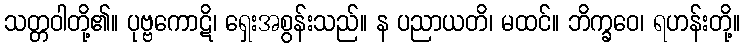
သတ္တဝါတို့၏။ ပုဗ္ဗကောဋိ၊ ရှေးအစွန်းသည်။ န ပညာယတိ၊ မထင်။ ဘိက္ခဝေ၊ ရဟန်းတို့။